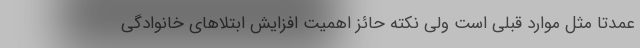
عمدتا مثل موارد قبلی است ولی نکته حائز اهمیت افزایش ابتلاهای خانوادگی